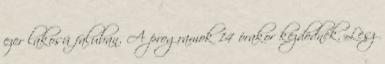
ezer lakosú faluban. A programok 14 órakor kezdõdnek. Lesz